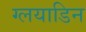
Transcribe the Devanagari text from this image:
ग्लयाडिन